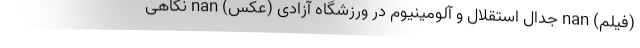
(فیلم) nan جدال استقلال و آلومینیوم در ورزشگاه آزادی (عکس) nan نگاهی